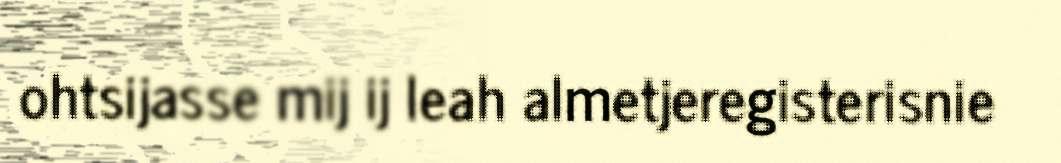
ohtsijasse mij ij leah almetjeregisterisnie